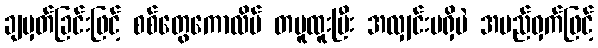
ချမှတ်ခြင်းဖြင့် စစ်တွေကောလိပ် တမူထူးပြီး အလျှင်းမရှိပဲ အမည်ဝှက်ဖြင့်